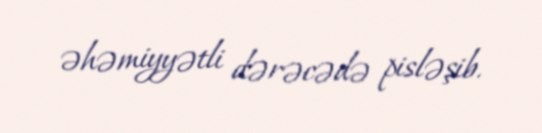
əhəmiyyətli dərəcədə pisləşib.